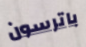
باترسون